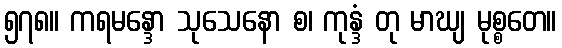
၅၇၈။ ကရမန္ဒော သုသေနော စ၊ ကုန္ဒံ တု မာဃျ မုစ္စတေ။